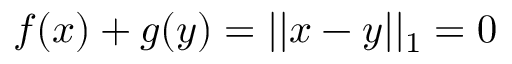
\begin{array} { r } { f ( x ) + g ( y ) = | | x - y | | _ { 1 } = 0 } \end{array}